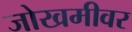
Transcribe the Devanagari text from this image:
जोखमीवर